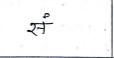
मजकूर: सं